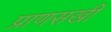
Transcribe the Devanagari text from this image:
प्राणसखी